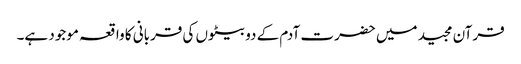
قرآن مجید میں حضرت آدم کے دو بیٹوں کی قربانی کا واقعہ موجود ہے۔